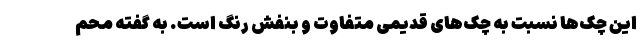
این چک‌ها نسبت به چک‌های قدیمی متفاوت و بنفش رنگ است. به گفته محم